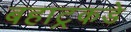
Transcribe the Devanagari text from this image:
बहाट्रकडे